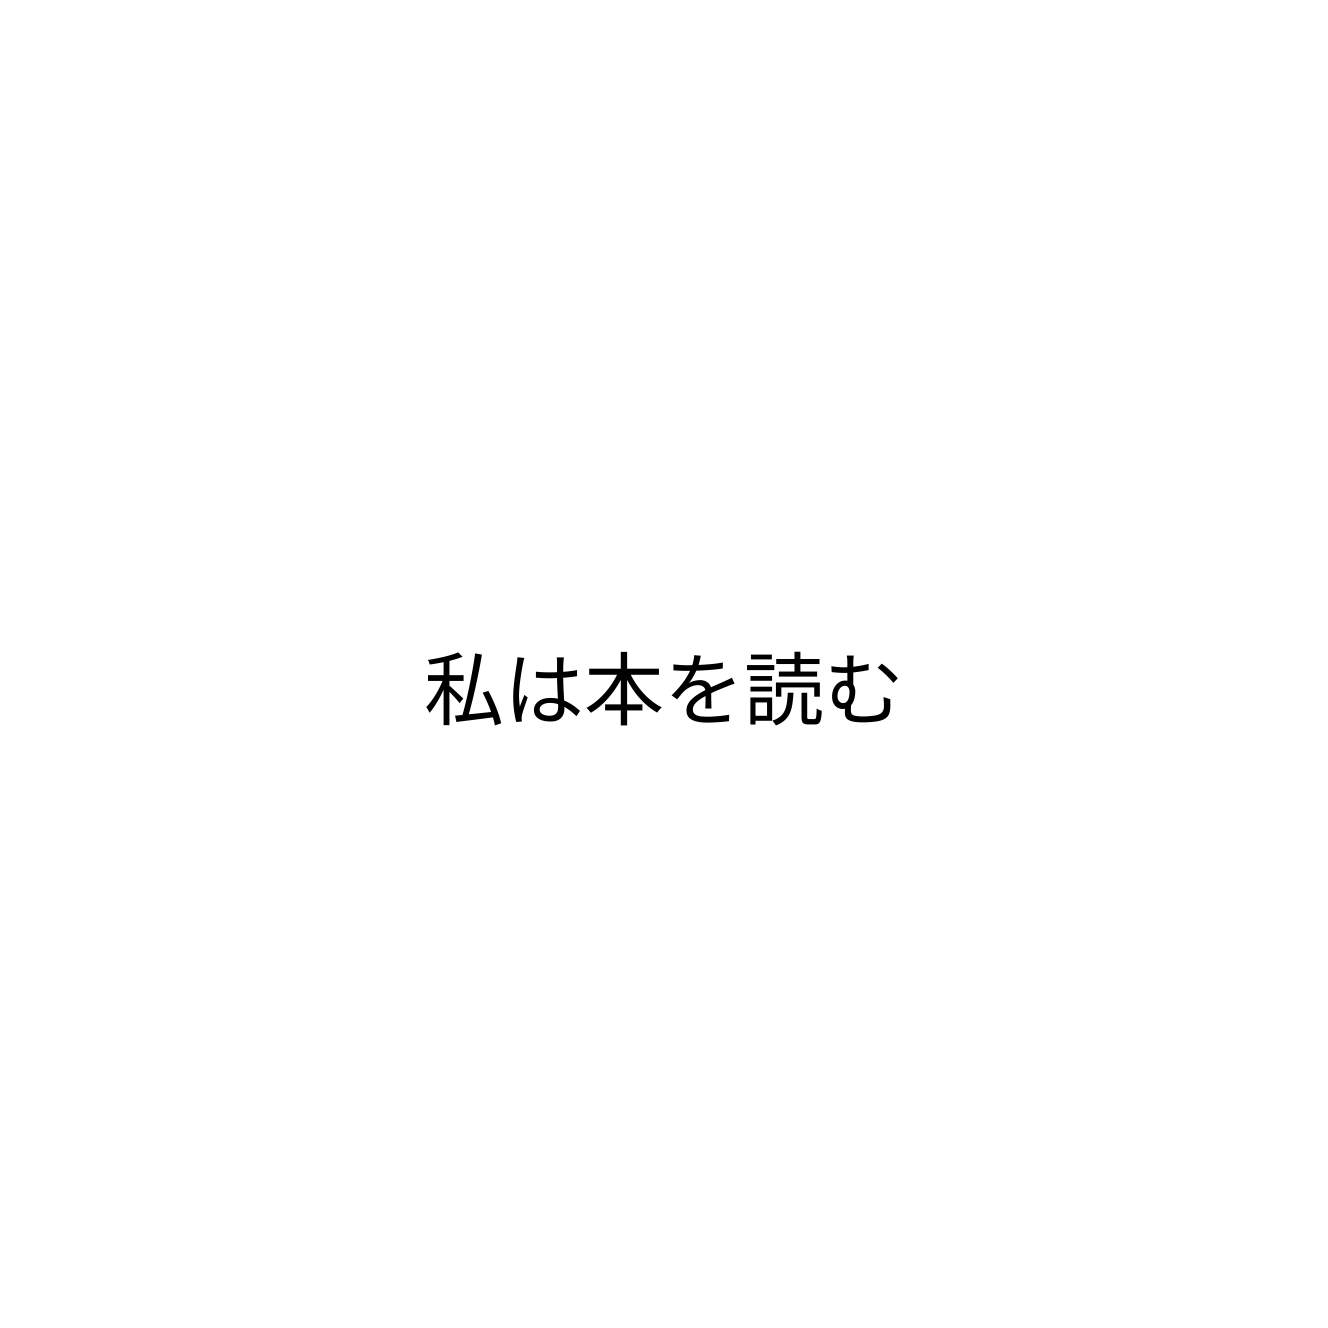
私は本を読む